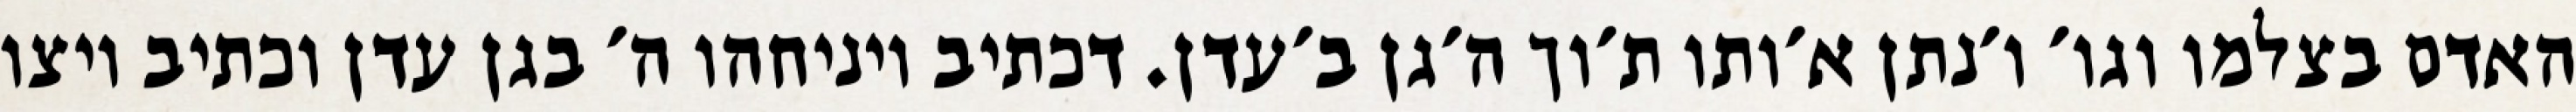
האדם בצלמו וגו׳ ו׳נתן א׳ותו ת׳וך ה׳גן ב׳עדן. דכתיב ויניחהו ה׳ בגן עדן וכתיב ויצו